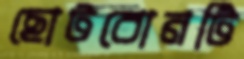
ছোটবোনটি